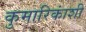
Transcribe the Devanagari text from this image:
कुमारिकांशी